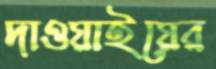
দাওয়াইয়ের